Lunatic asylums Burma 1922-24 - 1922-1924
Year: 1922
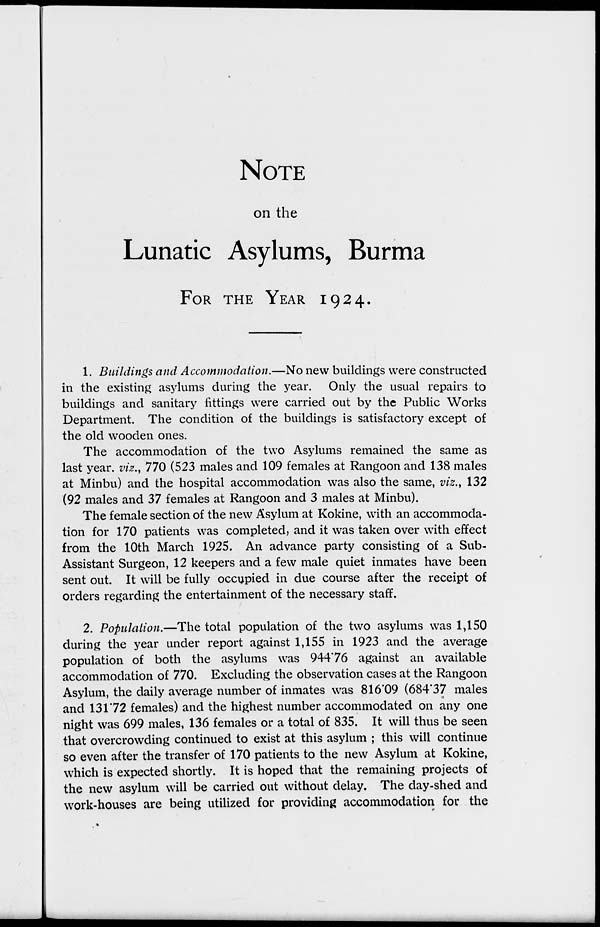
NOTE
on the
Lunatic Asylums, Burma
FOR THE YEAR 1924.
1. Buildings and Accommodation.—No new buildings were constructed
in the existing asylums during the year. Only the usual repairs to
buildings and sanitary fittings were carried out by the Public Works
Department. The condition of the buildings is satisfactory except of
the old wooden ones.
The accommodation of the two Asylums remained the same as
last year, viz., 770 (523 males and 109 females at Rangoon and 138 males
at Minbu) and the hospital accommodation was also the same, viz., 132
(92 males and 37 females at Rangoon and 3 males at Minbu).
The female section of the new Asylum at Kokine, with an accommoda-
tion for 170 patients was completed, and it was taken over with effect
from the 10th March 1925. An advance party consisting of a Sub-
Assistant Surgeon, 12 keepers and a few male quiet inmates have been
sent out. It will be fully occupied in due course after the receipt of
orders regarding the entertainment of the necessary staff.
2. Population.—The total population of the two asylums was 1,150
during the year under report against 1,155 in 1923 and the average
population of both the asylums was 944.76 against an available
accommodation of 770. Excluding the observation cases at the Rangoon
Asylum, the daily average number of inmates was 816.09 (684.37 males
and 131.72 females) and the highest number accommodated on any one
night was 699 males, 136 females or a total of 835. It will thus be seen
that overcrowding continued to exist at this asylum ; this will continue
so even after the transfer of 170 patients to the new Asylum at Kokine,
which is expected shortly. It is hoped that the remaining projects of
the new asylum will be carried out without delay. The day-shed and
work-houses are being utilized for providing accommodation for the